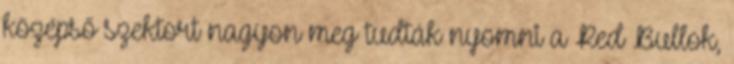
középső szektort nagyon meg tudták nyomni a Red Bullok,